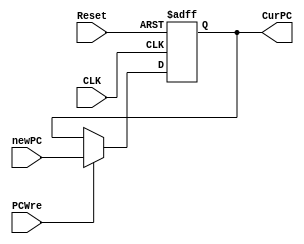
module PC(
    input PCWre,
    input CLK,
    input Reset,
    input [31:0] newPC,
    output [31:0] CurPC
    );
	reg [31:0] CurPC;
    initial begin
        CurPC=0;
    end
    always@(posedge CLK or negedge Reset)begin
        if (Reset==1'b0) CurPC<=0;
        else if (PCWre) CurPC<=newPC;
    end
endmodule